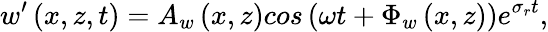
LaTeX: w^{\prime}\left(x,z,t\right)=A_{w}\left(x,z\right)cos\left(\omega t+\Phi_{w}\left(x,z\right)\right)e^{\sigma_{r}t},